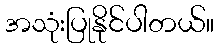
အသုံးပြုနိုင်ပါတယ်။